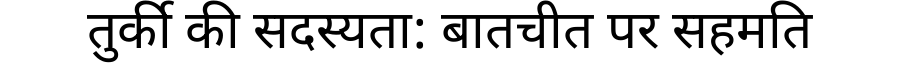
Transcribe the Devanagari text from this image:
तुर्की की सदस्यता: बातचीत पर सहमति